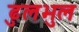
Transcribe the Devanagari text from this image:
ढुलभुल